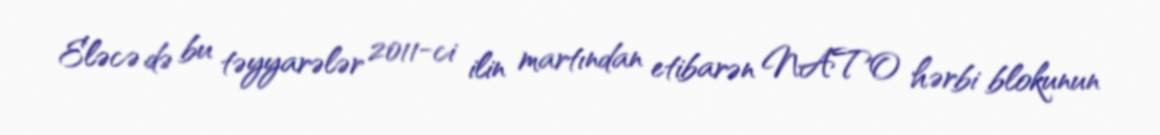
Eləcə də bu təyyarələr 2011-ci ilin martından etibarən NATO hərbi blokunun